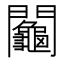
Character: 𨷺